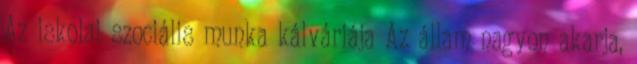
Az iskolai szociális munka kálváriája Az állam nagyon akarja,